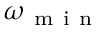
\omega _ { \mathrm { ~ m ~ i ~ n ~ } }